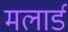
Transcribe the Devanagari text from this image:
मलार्ड